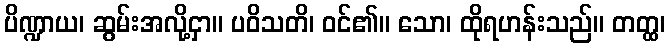
ပိဏ္ဍာယ၊ ဆွမ်းအလို့ငှာ။ ပဝိသတိ၊ ဝင်၏။ သော၊ ထိုရဟန်းသည်။ တတ္ထ၊